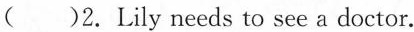
( )2.Lily needs to see a doctor.